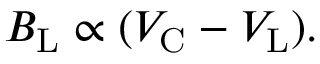
B _ { \mathrm { L } } \propto ( V _ { \mathrm { C } } - V _ { \mathrm { L } } ) .